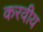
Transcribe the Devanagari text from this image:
करवीय